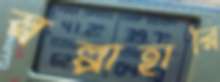
স্বল্পাহারি